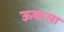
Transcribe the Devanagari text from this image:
ऊबाला